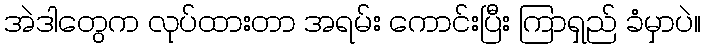
အဲဒါတွေက လုပ်ထားတာ အရမ်း ကောင်းပြီး ကြာရှည် ခံမှာပဲ။